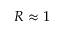
R \approx 1